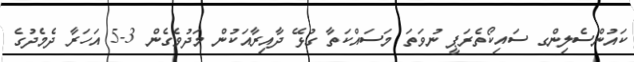
ކައުންސެލިންގ ސައިކޯތެރަޕީ ނުވަތަ މަސައްކަތާ ގުޅޭ ދާއިރާއަކުން މަދުވެގެން 3-5 އަހަރާ ދެމެދުގެ